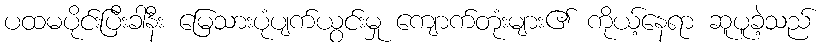
ပထမပိုင်းပြီးခါနီး မြေသားပုံပျက်ယွင်းမှု ကျောက်တုံးများ၏ ကိုယ့်နေရာ ဆူပူခဲ့သည်